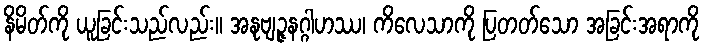
နိမိတ်ကို ယူခြင်းသည်လည်း။ အနုဗျဉ္ဇနဂ္ဂါဟဿ၊ ကိလေသာကို ပြတတ်သော အခြင်းအရာကို